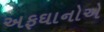
અફઘાનોએ